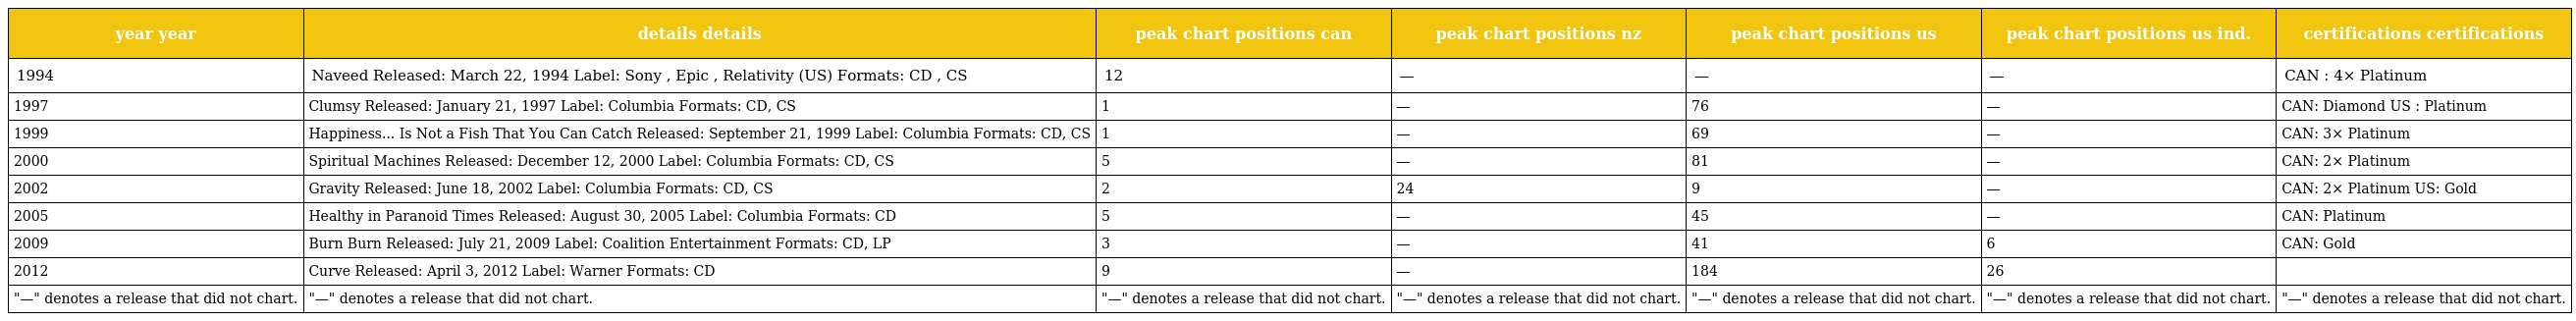
| year year | details details | peak chart positions can | peak chart positions nz | peak chart positions us | peak chart positions us ind. | certifications certifications |
 | --- | --- | --- | --- | --- | --- | --- |
 | 1994 | Naveed Released: March 22, 1994 Label: Sony , Epic , Relativity (US) Formats: CD , CS | 12 | — | — | — | CAN : 4× Platinum |
 | 1997 | Clumsy Released: January 21, 1997 Label: Columbia Formats: CD, CS | 1 | — | 76 | — | CAN: Diamond US : Platinum |
 | 1999 | Happiness... Is Not a Fish That You Can Catch Released: September 21, 1999 Label: Columbia Formats: CD, CS | 1 | — | 69 | — | CAN: 3× Platinum |
 | 2000 | Spiritual Machines Released: December 12, 2000 Label: Columbia Formats: CD, CS | 5 | — | 81 | — | CAN: 2× Platinum |
 | 2002 | Gravity Released: June 18, 2002 Label: Columbia Formats: CD, CS | 2 | 24 | 9 | — | CAN: 2× Platinum US: Gold |
 | 2005 | Healthy in Paranoid Times Released: August 30, 2005 Label: Columbia Formats: CD | 5 | — | 45 | — | CAN: Platinum |
 | 2009 | Burn Burn Released: July 21, 2009 Label: Coalition Entertainment Formats: CD, LP | 3 | — | 41 | 6 | CAN: Gold |
 | 2012 | Curve Released: April 3, 2012 Label: Warner Formats: CD | 9 | — | 184 | 26 |  |
 | "—" denotes a release that did not chart. | "—" denotes a release that did not chart. | "—" denotes a release that did not chart. | "—" denotes a release that did not chart. | "—" denotes a release that did not chart. | "—" denotes a release that did not chart. | "—" denotes a release that did not chart. |